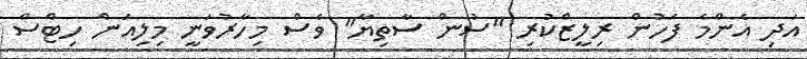
އަދި އެންމެ ފަހުން ރިލީޒްކުރި "ސުން ސާތިޔާ" ވެސް މިހާރުވަނީ މިލިއަން ހިޓްސް